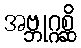
အဗ္ဘုဂ္ဂစ္ဆိ